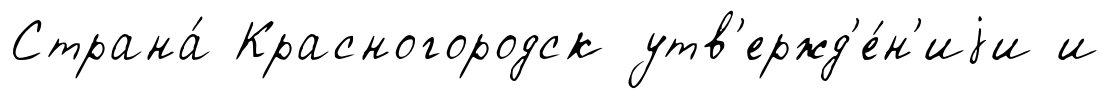
Страна́ Красногородск утв'ержд'е́н'иjи и